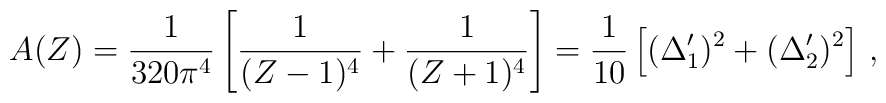
A(Z) = {1\over 320\pi^4} \left[ {1\over (Z-1)^4} + {1\over (Z+1)^4} \right] = {1\over 10}\left[ (\Delta_1 ')^2 + (\Delta_2 ')^2  \right]\,,